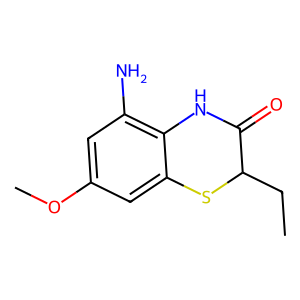
SMILES: CCC1Sc2cc(OC)cc(N)c2NC1=O
Inhibits HIV replication: No